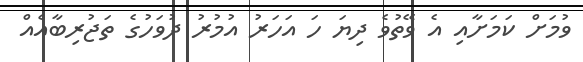
ވުމަށް ކަމަށާއި އެ ވޭތުވެ ދިޔަ ހަ އަހަރު އުމުރު ދުވަހުގެ ތަޖުރިބާއެއް